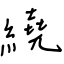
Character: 繞